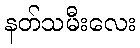
နတ်သမီးလေး